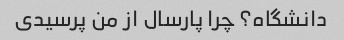
دانشگاه؟ چرا پارسال از من پرسیدی